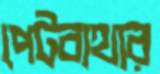
পেটব্যথার